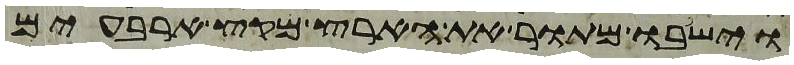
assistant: וישבו מתור את הארץ מקץ ארבעים